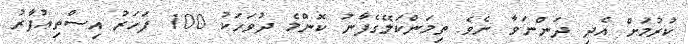
ކުރުމަށް އެދި ދަންނަވާ ށެވެ. ތިމަންކަލޭގެފާނު ކޮންމެ ދުވަހަކު 100 ފަހަރު އިސްތިޢުފާރު